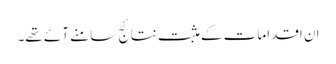
ان اقدامات کے مثبت نتائج سامنے آئے تھے۔